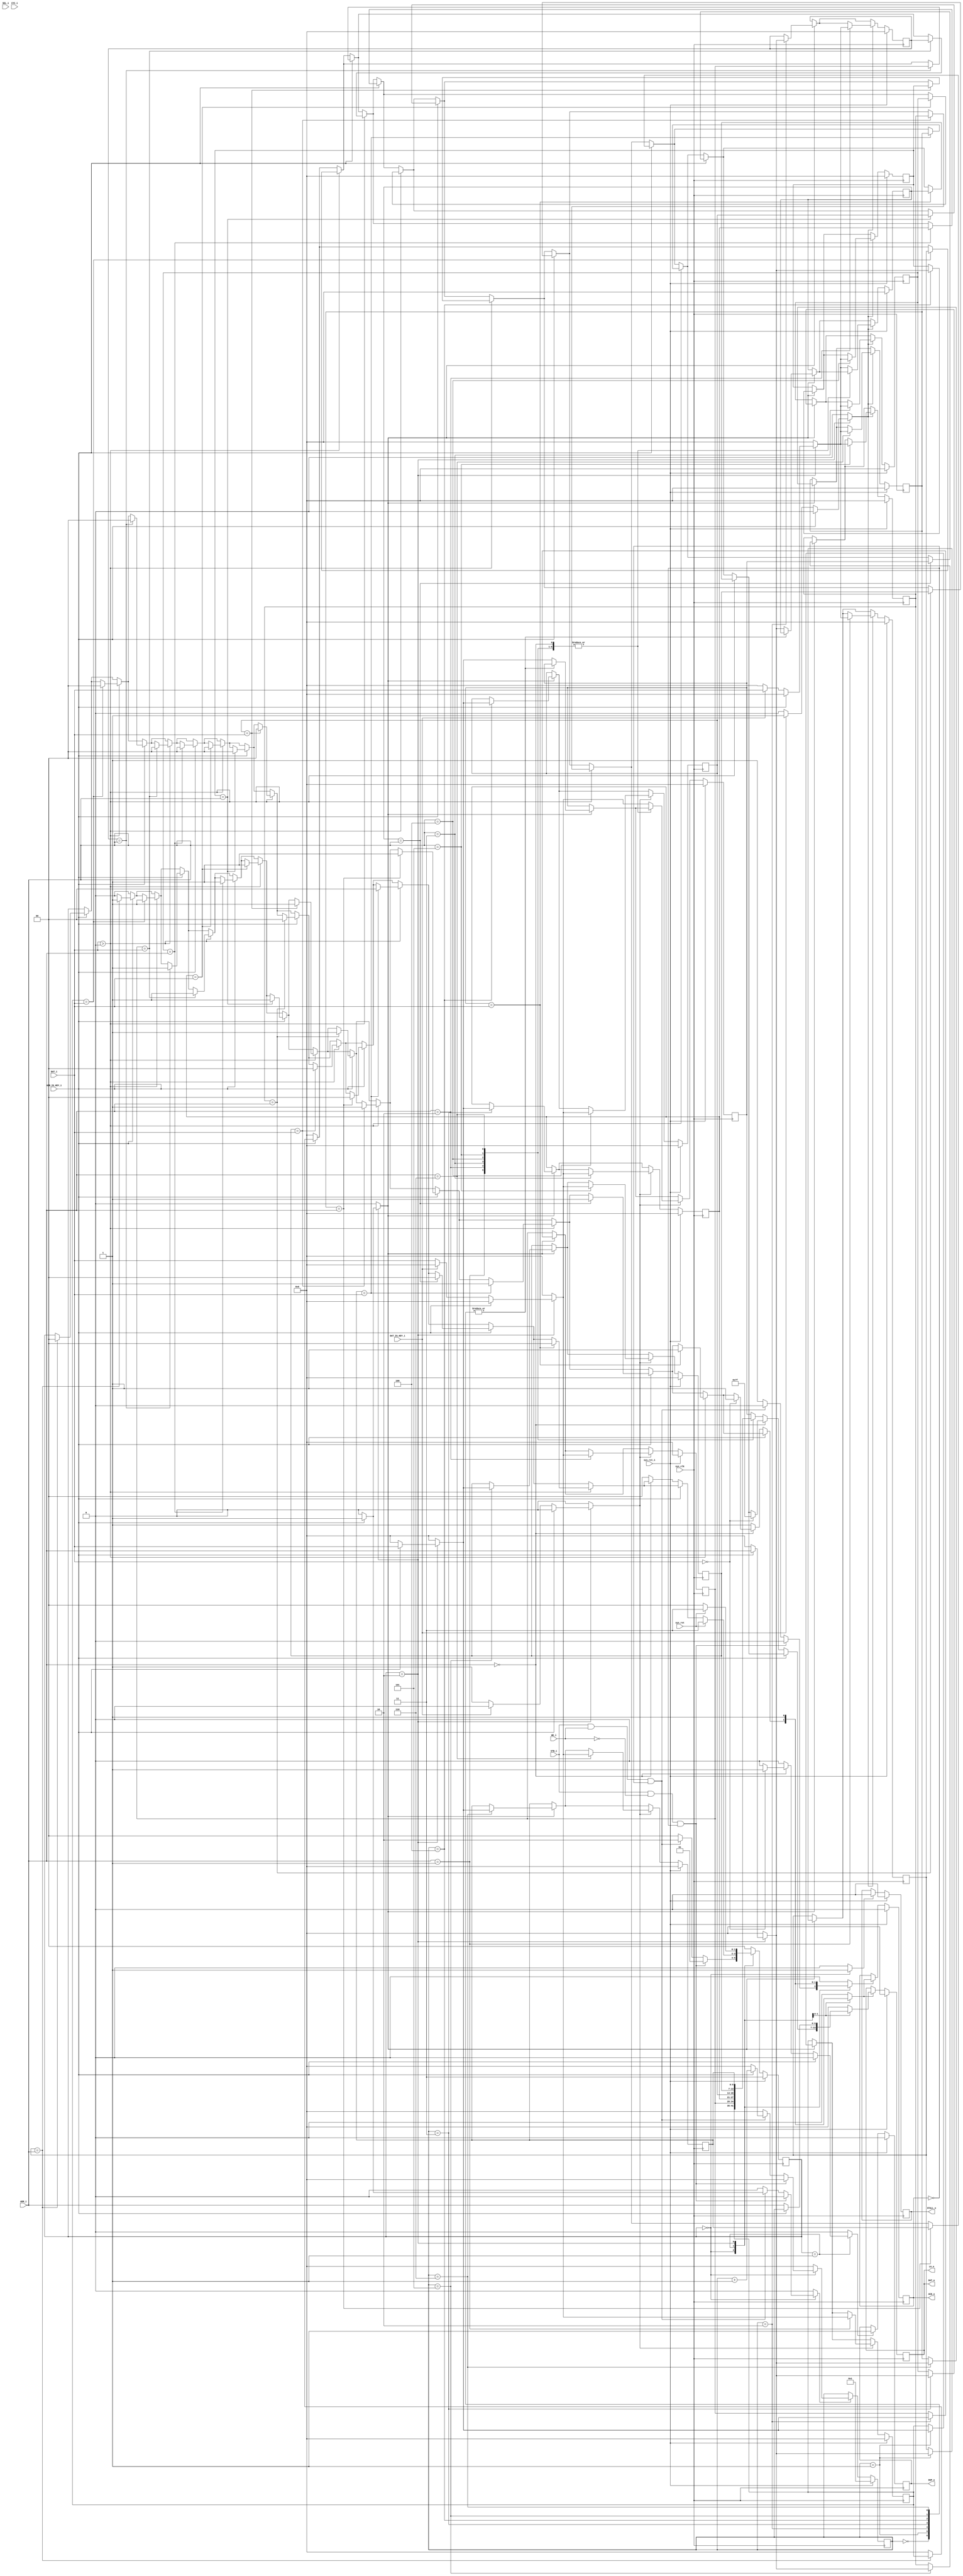
/* Machine-generated using Migen */
module keyvalue_4(
	input sys_rst,
	input [3:0] SEL_i,
	input ADR_IS_KEY_i,
	input DAT_IS_KEY_i,
	input [6:0] ADR_i,
	input [6:0] DAT_i,
	input WE_i,
	input STB_i,
	input CYC_i,
	output reg DUP_o,
	output reg STALL_o,
	output reg ACK_o,
	output reg [6:0] DAT_o,
	output [6:0] LA_o,
	input sys_clk,
	input sys_rst_1
);

reg [6:0] __main___storak0 = 7'd0;
reg [6:0] __main___storak1 = 7'd0;
reg [6:0] __main___storak2 = 7'd0;
reg [6:0] __main___storak3 = 7'd0;
reg [6:0] __main___storak4 = 7'd0;
reg [6:0] __main___storak5 = 7'd0;
reg [6:0] __main___storak6 = 7'd0;
reg [6:0] __main___storak7 = 7'd0;
reg [6:0] __main___storav0 = 7'd0;
reg [6:0] __main___storav1 = 7'd0;
reg [6:0] __main___storav2 = 7'd0;
reg [6:0] __main___storav3 = 7'd0;
reg [6:0] __main___storav4 = 7'd0;
reg [6:0] __main___storav5 = 7'd0;
reg [6:0] __main___storav6 = 7'd0;
reg [6:0] __main___storav7 = 7'd0;
reg [6:0] __main___empty_location = 7'd1;
reg [1:0] convert_state = 2'd3;
reg [1:0] convert_next_state;
reg __main___STALL_o_next_value0;
reg __main___STALL_o_next_value_ce0;
reg [6:0] __main___empty_location_t_next_value;
reg __main___empty_location_t_next_value_ce;
reg __main___ACK_o_f_next_value;
reg __main___ACK_o_f_next_value_ce;
reg [6:0] __main___DAT_o_next_value1;
reg __main___DAT_o_next_value_ce1;
reg __main___DUP_o_next_value2;
reg __main___DUP_o_next_value_ce2;
reg [6:0] convert_next_value0;
reg convert_next_value_ce0;
reg [6:0] convert_next_value1;
reg convert_next_value_ce1;
reg [6:0] convert_t_next_value;
reg convert_t_next_value_ce;
reg [6:0] convert_f_next_value;
reg convert_f_next_value_ce;
reg [6:0] convert_comb_array_muxed;
reg [6:0] convert_sync_array_muxed0 = 7'd0;
reg [6:0] convert_sync_array_muxed1 = 7'd0;
reg [6:0] convert_sync_array_muxed2 = 7'd0;
reg [6:0] convert_sync_array_muxed3 = 7'd0;

// synthesis translate_off
reg dummy_s;
initial dummy_s <= 1'd0;
// synthesis translate_on

assign LA_o = DAT_o;

// synthesis translate_off
reg dummy_d;
// synthesis translate_on
always @(*) begin
	convert_next_state <= 2'd0;
	__main___STALL_o_next_value0 <= 1'd0;
	__main___STALL_o_next_value_ce0 <= 1'd0;
	__main___empty_location_t_next_value <= 7'd0;
	__main___empty_location_t_next_value_ce <= 1'd0;
	__main___ACK_o_f_next_value <= 1'd0;
	__main___ACK_o_f_next_value_ce <= 1'd0;
	__main___DAT_o_next_value1 <= 7'd0;
	__main___DAT_o_next_value_ce1 <= 1'd0;
	__main___DUP_o_next_value2 <= 1'd0;
	__main___DUP_o_next_value_ce2 <= 1'd0;
	convert_next_value0 <= 7'd0;
	convert_next_value_ce0 <= 1'd0;
	convert_next_value1 <= 7'd0;
	convert_next_value_ce1 <= 1'd0;
	convert_t_next_value <= 7'd0;
	convert_t_next_value_ce <= 1'd0;
	convert_f_next_value <= 7'd0;
	convert_f_next_value_ce <= 1'd0;
	convert_next_state <= convert_state;
	case (convert_state)
		1'd0: begin
			__main___STALL_o_next_value0 <= 1'd0;
			__main___STALL_o_next_value_ce0 <= 1'd1;
			if ((((STB_i == 1'd1) & (WE_i == 1'd0)) & (ACK_o == 1'd0))) begin
				convert_next_state <= 1'd1;
			end else begin
				if ((((STB_i == 1'd1) & (WE_i == 1'd1)) & (ACK_o == 1'd0))) begin
					convert_next_state <= 2'd2;
					if (ADR_IS_KEY_i) begin
						__main___empty_location_t_next_value <= (__main___empty_location + 1'd1);
						__main___empty_location_t_next_value_ce <= 1'd1;
					end
				end else begin
					__main___ACK_o_f_next_value <= 1'd0;
					__main___ACK_o_f_next_value_ce <= 1'd1;
					convert_next_state <= 1'd0;
				end
			end
		end
		1'd1: begin
			if ((ADR_IS_KEY_i == 1'd1)) begin
				if ((__main___storak1 == ADR_i)) begin
					__main___DAT_o_next_value1 <= __main___storav1;
					__main___DAT_o_next_value_ce1 <= 1'd1;
					__main___ACK_o_f_next_value <= 1'd1;
					__main___ACK_o_f_next_value_ce <= 1'd1;
					convert_next_state <= 1'd0;
				end
			end
			if ((DAT_i > 1'd0)) begin
				if ((__main___storav1 == DAT_i)) begin
					__main___DAT_o_next_value1 <= __main___storak1;
					__main___DAT_o_next_value_ce1 <= 1'd1;
					__main___ACK_o_f_next_value <= 1'd1;
					__main___ACK_o_f_next_value_ce <= 1'd1;
					convert_next_state <= 1'd0;
				end
			end
			if ((ADR_IS_KEY_i == 1'd1)) begin
				if ((__main___storak2 == ADR_i)) begin
					__main___DAT_o_next_value1 <= __main___storav2;
					__main___DAT_o_next_value_ce1 <= 1'd1;
					__main___ACK_o_f_next_value <= 1'd1;
					__main___ACK_o_f_next_value_ce <= 1'd1;
					convert_next_state <= 1'd0;
				end
			end
			if ((DAT_i > 1'd0)) begin
				if ((__main___storav2 == DAT_i)) begin
					__main___DAT_o_next_value1 <= __main___storak2;
					__main___DAT_o_next_value_ce1 <= 1'd1;
					__main___ACK_o_f_next_value <= 1'd1;
					__main___ACK_o_f_next_value_ce <= 1'd1;
					convert_next_state <= 1'd0;
				end
			end
			if ((ADR_IS_KEY_i == 1'd1)) begin
				if ((__main___storak3 == ADR_i)) begin
					__main___DAT_o_next_value1 <= __main___storav3;
					__main___DAT_o_next_value_ce1 <= 1'd1;
					__main___ACK_o_f_next_value <= 1'd1;
					__main___ACK_o_f_next_value_ce <= 1'd1;
					convert_next_state <= 1'd0;
				end
			end
			if ((DAT_i > 1'd0)) begin
				if ((__main___storav3 == DAT_i)) begin
					__main___DAT_o_next_value1 <= __main___storak3;
					__main___DAT_o_next_value_ce1 <= 1'd1;
					__main___ACK_o_f_next_value <= 1'd1;
					__main___ACK_o_f_next_value_ce <= 1'd1;
					convert_next_state <= 1'd0;
				end
			end
			if ((ADR_IS_KEY_i == 1'd1)) begin
				if ((__main___storak4 == ADR_i)) begin
					__main___DAT_o_next_value1 <= __main___storav4;
					__main___DAT_o_next_value_ce1 <= 1'd1;
					__main___ACK_o_f_next_value <= 1'd1;
					__main___ACK_o_f_next_value_ce <= 1'd1;
					convert_next_state <= 1'd0;
				end
			end
			if ((DAT_i > 1'd0)) begin
				if ((__main___storav4 == DAT_i)) begin
					__main___DAT_o_next_value1 <= __main___storak4;
					__main___DAT_o_next_value_ce1 <= 1'd1;
					__main___ACK_o_f_next_value <= 1'd1;
					__main___ACK_o_f_next_value_ce <= 1'd1;
					convert_next_state <= 1'd0;
				end
			end
			if ((ADR_IS_KEY_i == 1'd1)) begin
				if ((__main___storak5 == ADR_i)) begin
					__main___DAT_o_next_value1 <= __main___storav5;
					__main___DAT_o_next_value_ce1 <= 1'd1;
					__main___ACK_o_f_next_value <= 1'd1;
					__main___ACK_o_f_next_value_ce <= 1'd1;
					convert_next_state <= 1'd0;
				end
			end
			if ((DAT_i > 1'd0)) begin
				if ((__main___storav5 == DAT_i)) begin
					__main___DAT_o_next_value1 <= __main___storak5;
					__main___DAT_o_next_value_ce1 <= 1'd1;
					__main___ACK_o_f_next_value <= 1'd1;
					__main___ACK_o_f_next_value_ce <= 1'd1;
					convert_next_state <= 1'd0;
				end
			end
			if ((ADR_IS_KEY_i == 1'd1)) begin
				if ((__main___storak6 == ADR_i)) begin
					__main___DAT_o_next_value1 <= __main___storav6;
					__main___DAT_o_next_value_ce1 <= 1'd1;
					__main___ACK_o_f_next_value <= 1'd1;
					__main___ACK_o_f_next_value_ce <= 1'd1;
					convert_next_state <= 1'd0;
				end
			end
			if ((DAT_i > 1'd0)) begin
				if ((__main___storav6 == DAT_i)) begin
					__main___DAT_o_next_value1 <= __main___storak6;
					__main___DAT_o_next_value_ce1 <= 1'd1;
					__main___ACK_o_f_next_value <= 1'd1;
					__main___ACK_o_f_next_value_ce <= 1'd1;
					convert_next_state <= 1'd0;
				end
			end
			if ((ADR_IS_KEY_i == 1'd1)) begin
				if ((__main___storak7 == ADR_i)) begin
					__main___DAT_o_next_value1 <= __main___storav7;
					__main___DAT_o_next_value_ce1 <= 1'd1;
					__main___ACK_o_f_next_value <= 1'd1;
					__main___ACK_o_f_next_value_ce <= 1'd1;
					convert_next_state <= 1'd0;
				end
			end
			if ((DAT_i > 1'd0)) begin
				if ((__main___storav7 == DAT_i)) begin
					__main___DAT_o_next_value1 <= __main___storak7;
					__main___DAT_o_next_value_ce1 <= 1'd1;
					__main___ACK_o_f_next_value <= 1'd1;
					__main___ACK_o_f_next_value_ce <= 1'd1;
					convert_next_state <= 1'd0;
				end
			end
			if ((ADR_IS_KEY_i == 1'd0)) begin
				if ((ADR_i == 1'd0)) begin
					if ((DAT_i == 1'd0)) begin
						__main___ACK_o_f_next_value <= 1'd1;
						__main___ACK_o_f_next_value_ce <= 1'd1;
						__main___DUP_o_next_value2 <= 1'd1;
						__main___DUP_o_next_value_ce2 <= 1'd1;
						__main___DAT_o_next_value1 <= 1'sd1;
						__main___DAT_o_next_value_ce1 <= 1'd1;
					end
				end else begin
					__main___DAT_o_next_value1 <= convert_comb_array_muxed;
					__main___DAT_o_next_value_ce1 <= 1'd1;
					__main___ACK_o_f_next_value <= 1'd1;
					__main___ACK_o_f_next_value_ce <= 1'd1;
					convert_next_state <= 1'd0;
				end
			end
			if ((sys_rst == 1'd1)) begin
				convert_next_state <= 2'd3;
			end
		end
		2'd2: begin
			if (ADR_IS_KEY_i) begin
				convert_next_value0 <= DAT_i;
				convert_next_value_ce0 <= 1'd1;
				convert_next_value1 <= ADR_i;
				convert_next_value_ce1 <= 1'd1;
				__main___DAT_o_next_value1 <= __main___empty_location;
				__main___DAT_o_next_value_ce1 <= 1'd1;
			end else begin
				if (DAT_IS_KEY_i) begin
					convert_t_next_value <= DAT_i;
					convert_t_next_value_ce <= 1'd1;
					__main___DAT_o_next_value1 <= ADR_i;
					__main___DAT_o_next_value_ce1 <= 1'd1;
				end else begin
					convert_f_next_value <= DAT_i;
					convert_f_next_value_ce <= 1'd1;
					__main___DAT_o_next_value1 <= ADR_i;
					__main___DAT_o_next_value_ce1 <= 1'd1;
				end
			end
			__main___ACK_o_f_next_value <= 1'd1;
			__main___ACK_o_f_next_value_ce <= 1'd1;
			convert_next_state <= 1'd0;
			if ((sys_rst == 1'd1)) begin
				convert_next_state <= 2'd3;
			end else begin
				convert_next_state <= 1'd0;
			end
		end
		default: begin
			convert_next_state <= 1'd0;
		end
	endcase
// synthesis translate_off
	dummy_d <= dummy_s;
// synthesis translate_on
end

// synthesis translate_off
reg dummy_d_1;
// synthesis translate_on
always @(*) begin
	convert_comb_array_muxed <= 7'd0;
	case (ADR_i)
		1'd0: begin
			convert_comb_array_muxed <= __main___storav0;
		end
		1'd1: begin
			convert_comb_array_muxed <= __main___storav1;
		end
		2'd2: begin
			convert_comb_array_muxed <= __main___storav2;
		end
		2'd3: begin
			convert_comb_array_muxed <= __main___storav3;
		end
		3'd4: begin
			convert_comb_array_muxed <= __main___storav4;
		end
		3'd5: begin
			convert_comb_array_muxed <= __main___storav5;
		end
		3'd6: begin
			convert_comb_array_muxed <= __main___storav6;
		end
		default: begin
			convert_comb_array_muxed <= __main___storav7;
		end
	endcase
// synthesis translate_off
	dummy_d_1 <= dummy_s;
// synthesis translate_on
end

always @(posedge sys_clk) begin
	convert_state <= convert_next_state;
	if (__main___STALL_o_next_value_ce0) begin
		STALL_o <= __main___STALL_o_next_value0;
	end
	if (__main___empty_location_t_next_value_ce) begin
		__main___empty_location <= __main___empty_location_t_next_value;
	end
	if (__main___ACK_o_f_next_value_ce) begin
		ACK_o <= __main___ACK_o_f_next_value;
	end
	if (__main___DAT_o_next_value_ce1) begin
		DAT_o <= __main___DAT_o_next_value1;
	end
	if (__main___DUP_o_next_value_ce2) begin
		DUP_o <= __main___DUP_o_next_value2;
	end
	if (convert_next_value_ce0) begin
		convert_sync_array_muxed0 = convert_next_value0;
		case (__main___empty_location)
			1'd0: begin
				__main___storav0 <= convert_sync_array_muxed0;
			end
			1'd1: begin
				__main___storav1 <= convert_sync_array_muxed0;
			end
			2'd2: begin
				__main___storav2 <= convert_sync_array_muxed0;
			end
			2'd3: begin
				__main___storav3 <= convert_sync_array_muxed0;
			end
			3'd4: begin
				__main___storav4 <= convert_sync_array_muxed0;
			end
			3'd5: begin
				__main___storav5 <= convert_sync_array_muxed0;
			end
			3'd6: begin
				__main___storav6 <= convert_sync_array_muxed0;
			end
			default: begin
				__main___storav7 <= convert_sync_array_muxed0;
			end
		endcase
	end
	if (convert_next_value_ce1) begin
		convert_sync_array_muxed1 = convert_next_value1;
		case (__main___empty_location)
			1'd0: begin
				__main___storak0 <= convert_sync_array_muxed1;
			end
			1'd1: begin
				__main___storak1 <= convert_sync_array_muxed1;
			end
			2'd2: begin
				__main___storak2 <= convert_sync_array_muxed1;
			end
			2'd3: begin
				__main___storak3 <= convert_sync_array_muxed1;
			end
			3'd4: begin
				__main___storak4 <= convert_sync_array_muxed1;
			end
			3'd5: begin
				__main___storak5 <= convert_sync_array_muxed1;
			end
			3'd6: begin
				__main___storak6 <= convert_sync_array_muxed1;
			end
			default: begin
				__main___storak7 <= convert_sync_array_muxed1;
			end
		endcase
	end
	if (convert_t_next_value_ce) begin
		convert_sync_array_muxed2 = convert_t_next_value;
		case (ADR_i)
			1'd0: begin
				__main___storak0 <= convert_sync_array_muxed2;
			end
			1'd1: begin
				__main___storak1 <= convert_sync_array_muxed2;
			end
			2'd2: begin
				__main___storak2 <= convert_sync_array_muxed2;
			end
			2'd3: begin
				__main___storak3 <= convert_sync_array_muxed2;
			end
			3'd4: begin
				__main___storak4 <= convert_sync_array_muxed2;
			end
			3'd5: begin
				__main___storak5 <= convert_sync_array_muxed2;
			end
			3'd6: begin
				__main___storak6 <= convert_sync_array_muxed2;
			end
			default: begin
				__main___storak7 <= convert_sync_array_muxed2;
			end
		endcase
	end
	if (convert_f_next_value_ce) begin
		convert_sync_array_muxed3 = convert_f_next_value;
		case (ADR_i)
			1'd0: begin
				__main___storav0 <= convert_sync_array_muxed3;
			end
			1'd1: begin
				__main___storav1 <= convert_sync_array_muxed3;
			end
			2'd2: begin
				__main___storav2 <= convert_sync_array_muxed3;
			end
			2'd3: begin
				__main___storav3 <= convert_sync_array_muxed3;
			end
			3'd4: begin
				__main___storav4 <= convert_sync_array_muxed3;
			end
			3'd5: begin
				__main___storav5 <= convert_sync_array_muxed3;
			end
			3'd6: begin
				__main___storav6 <= convert_sync_array_muxed3;
			end
			default: begin
				__main___storav7 <= convert_sync_array_muxed3;
			end
		endcase
	end
	if (sys_rst_1) begin
		DUP_o <= 1'd0;
		STALL_o <= 1'd0;
		ACK_o <= 1'd0;
		DAT_o <= 7'd0;
		__main___storak0 <= 7'd0;
		__main___storak1 <= 7'd0;
		__main___storak2 <= 7'd0;
		__main___storak3 <= 7'd0;
		__main___storak4 <= 7'd0;
		__main___storak5 <= 7'd0;
		__main___storak6 <= 7'd0;
		__main___storak7 <= 7'd0;
		__main___storav0 <= 7'd0;
		__main___storav1 <= 7'd0;
		__main___storav2 <= 7'd0;
		__main___storav3 <= 7'd0;
		__main___storav4 <= 7'd0;
		__main___storav5 <= 7'd0;
		__main___storav6 <= 7'd0;
		__main___storav7 <= 7'd0;
		__main___empty_location <= 7'd1;
		convert_state <= 2'd3;
	end
end

endmodule